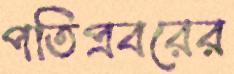
পতিপ্রবরের